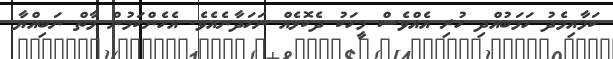
ކަމާއިމެދު ހަމަބުއްދި ހުރި އެއްވެސް މީހަކު ދެކޮޅެއް ނަހަދާނެއެވެ. އެހެންކަމުން މާތް ނަބިއްޔާ